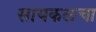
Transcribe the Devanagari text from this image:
सायकलचा